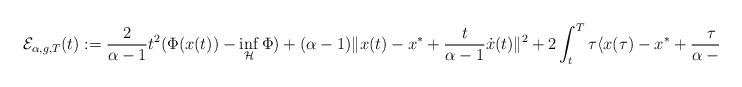
LaTeX: \begin{align*} \mathcal E_{\alpha,g, T} (t):= \frac{2}{\alpha-1}t^2 (\Phi(x(t))- \inf_{\mathcal H}\Phi )+ (\alpha-1) \| x(t) - x^{*} + \frac{t}{\alpha-1} \dot{x}(t) \|^2 + 2\int_t^{T} \tau \langle x(\tau) - x^{*} + \frac{\tau}{\alpha-1} \dot{x}(\tau), g(\tau) \rangle d\tau.\end{align*}